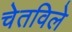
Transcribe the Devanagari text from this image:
चेतविले